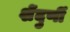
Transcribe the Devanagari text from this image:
शेंदुर्णी